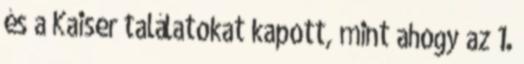
és a Kaiser találatokat kapott, mint ahogy az 1.